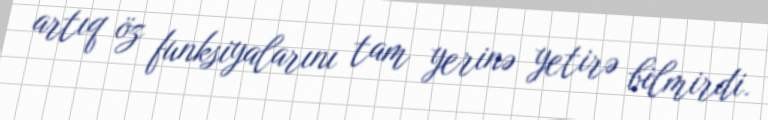
artıq öz funksiyalarını tam yerinə yetirə bilmirdi.